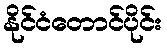
နိုင်ငံတောင်ပိုင်း